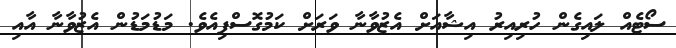
ސޯޓެއް ލައިގެން ހުރިއިރު އިޝާއަށް އެޒުވާނާ ވަރަށް ކަމުގޮސްފިއެވެ. މަޑުމަޑުން އެޒުވާނާ އާއި